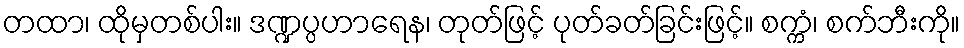
တထာ၊ ထိုမှတစ်ပါး။ ဒဏ္ဍပ္ပဟာရေန၊ တုတ်ဖြင့် ပုတ်ခတ်ခြင်းဖြင့်။ စက္ကံ၊ စက်ဘီးကို။